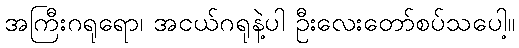
အကြီးဂရုရော၊ အငယ်ဂရုနဲ့ပါ ဦးလေးတော်စပ်သပေါ့။